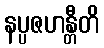
နပ္ပဇဟန္တီတိ